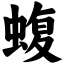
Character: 蝮